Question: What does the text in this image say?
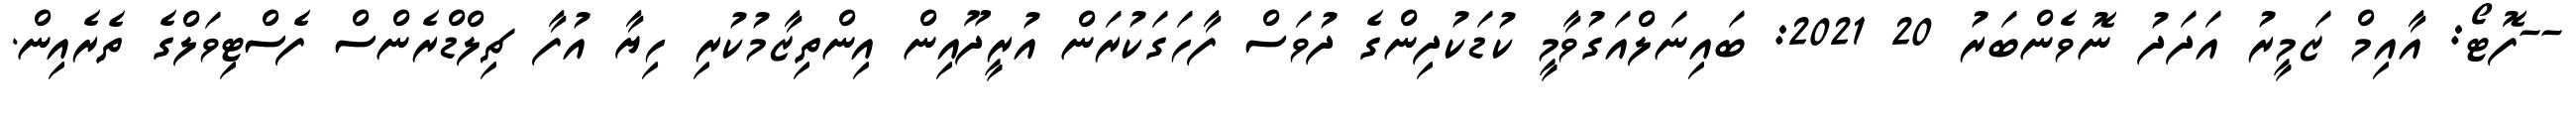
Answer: --ފޮޓޯ: އާއިމް ޒަމީރު އަދަދު ނޮވެންބަރު 20 2021: ބައިނަލްއަގުވާމީ ކުޑަކުދިންގެ ދުވަސް ފާހަގަކުރަން އުރީދޫއިން އިންތިޒާމުކުރި ހިޔާ އުފާ ޗިލްޑްރެންސް ފެސްޓިވަލްގެ ތެރެއިން.